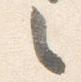
々